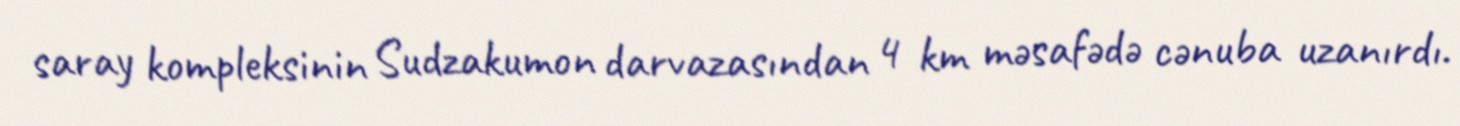
saray kompleksinin Sudzakumon darvazasından 4 km məsafədə cənuba uzanırdı.